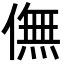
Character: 㒇